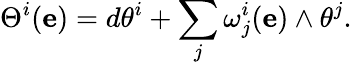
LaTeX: \Theta^{i}(\mathbf{e})=d\theta^{i}+\sum_{j}\omega_{j}^{i}(\mathbf{e})\wedge\theta^{j}.